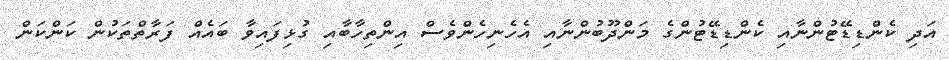
އަދި ކެންޑިޑޭޓުންނާއި ކެންޑިޑޭޓުންގެ މަންދޫބުންނާއި އެހެނިހެންވެސް އިންތިހާބާއި ގުޅިފައިވާ ބައެއް ފަރާތްތަކުން ކަންކަން